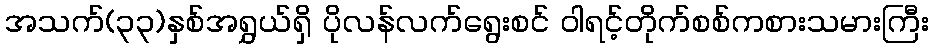
အသက်(၃၃)နှစ်အရွှယ်ရှိ ပိုလန်လက်ရွေးစင် ဝါရင့်တိုက်စစ်ကစားသမားကြီး